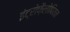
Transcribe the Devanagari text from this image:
इंट्रोफ़ैलोपियन